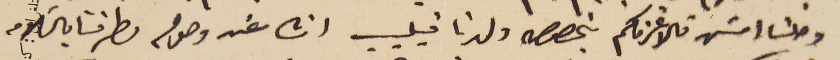
وصلنا امسَ تالاغرفكم بخصوص ولدنا فيليب انشالله وصوله لطرفنا بالسلامه